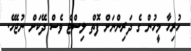
ހުރިހާ މީހުން ގެ ދަރިންނަށް ފޮތް ލިސްޓް ވެސް ދޭކަށް ނުޖެހޭ.